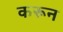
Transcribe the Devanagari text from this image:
करून